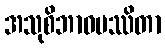
အသုစိဘာဝမဿိတာ